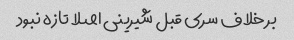
بر خلاف سری قبل شیرینی اصلا تازه نبود